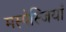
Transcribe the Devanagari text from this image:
मस्पेस्जियाँ